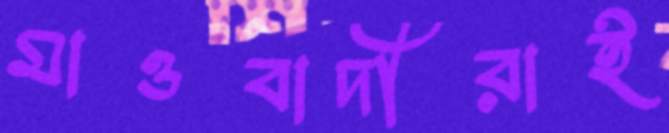
মাওবাদীরাই